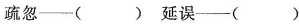
疏忽——()延误——()